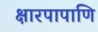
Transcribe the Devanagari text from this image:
क्षारपापाणि